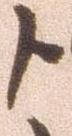
よ